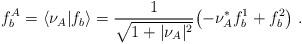
LaTeX: \begin{align*}f_b^A=\langle\nu_A\vert f_b\rangle={1\over\sqrt{1+\vert\nu_A\vert^2}}\bigl(-\nu_A^*f_b^1+f_b^2\bigr)\;.\end{align*}